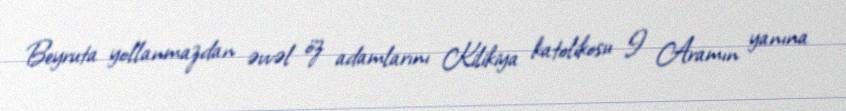
Beyruta yollanmazdan əvvəl öz adamlarını Kilikiya katolikosu I Aramın yanına